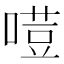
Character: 𠻼